Account of plague administration in the Bombay Presidency from September 1896 till May 1897
Year: 1896
Disease focus: Plague
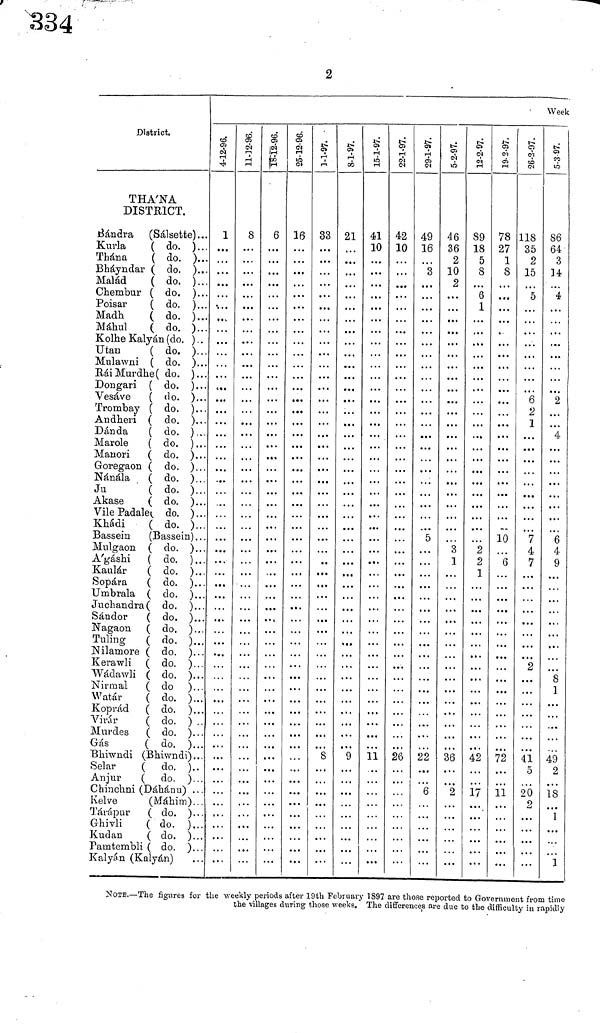
2
District.
THA'NÂ
DISTRICT.
Bandra (Sálsette)...
Kurla
( do. )...
Thána
( do, )...
Bháyndar ( do. )...
Malád
( do. )...
Chembur ( do. )...
Poisar
( do. ).,.
Madh
( do. )...
Máhul
( do. )...
KolheKalyán(do. )..
Utan
( do. ).,.
Malawni ( do. )...
RáiMurdhe( do. )...
Dongari ( do. )...
Trombay ( do. )...
Andheri ( do. )...
Danda
( do. )...
Marole
( do. ),..
Manori ( do. )...
Goregaon ( do. )...
Nánála
( do. )...
Ju
( do. )...
Akase
( do. )...
Vile Padale( do. )...
Khádi
( do. )...
Bassein
(Bassein) . . .
Mulgaon ( do. )...
A'gáshi ( do. )...
Kaulár
( do. )...
Sopara
( do. )...
Umbrala ( do. )...
Juchandra( do. ),..
Salidor
( do. )...
Nagaon ( do. )...
Tilling
( do. )...
Nilamore ( do. )...
Kerawli ( do. )...
Wádawli ( do. )...
Nirmal
( do )...
Watár
( do. )...
Koprád ( do. )...
Virár
( do. ) ..
Murdes ( do. ),..
Gás
( do. )...
Bhiwndi (Bhiwndi)...
Selar
( do. )..
Anjur
( do. )...
Chinchni (Dáhánu) ..
Kelve
(Máhim)...
Tárápur
( do. )..
Ghivli
( do. )..
Kudan
( do. )...
Pamtembli ( do. )..
Kalyán (Kalyán)
4-12-96
1
11-12-96.
8
18-12-96.
6
25-12-96.
16
1-1-97.
33
S
8-1-97.
21
9
15-1-97.
41
10
11
22-1-97.
42
10
26
29-1-97.
49
16
3
5
22
6
5-2-97.
46
36
2
10
2
, . .
3
1
36
2
12-2-97
89
18
5
8
6
1
. . ·
2
2
1
42
17
19-2-97.
78
27
1
8
. . .
...
10
6
. . .
72
11
26-2-97.
118
35
2
15
5
. . .
6
2
1
7
4
7
2
41
5
20
2
Week
5-3-97.
86
64
3
14
4
. . .
2
. . .
. . .
4
...
6
4
9
. · ·
8
1
49
2
18
. ··
1
1
NOTE.—The figures for the weekly periods after 19th February 1897 are those reported to Government from time
the villages during those weeks. The differences are due to the difficulty in rapidly